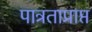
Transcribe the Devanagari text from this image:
पात्रताप्राप्त